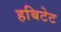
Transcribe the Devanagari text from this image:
हबिटेट